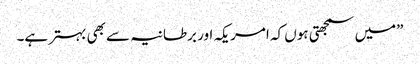
”میں سمجھتی ہوں کہ امریکہ اور برطانیہ سے بھی بہتر ہے۔